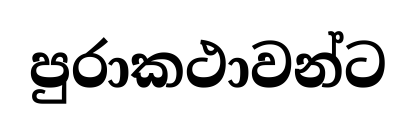
පුරාකථාවන්ට